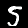
Label: 5